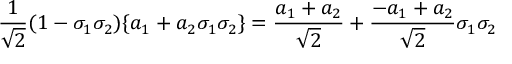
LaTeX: { \frac { 1 } { \sqrt { 2 } } } ( 1 - \sigma _ { 1 } \sigma _ { 2 } ) \{ a _ { 1 } + a _ { 2 } \sigma _ { 1 } \sigma _ { 2 } \} = { \frac { a _ { 1 } + a _ { 2 } } { \sqrt { 2 } } } + { \frac { - a _ { 1 } + a _ { 2 } } { \sqrt { 2 } } } \sigma _ { 1 } \sigma _ { 2 }